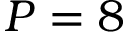
P = 8